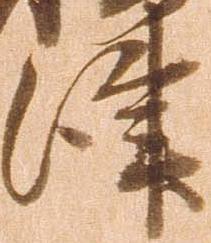
津